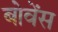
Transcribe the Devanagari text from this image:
बोवेंस